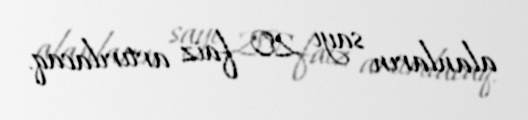
alanların sayı 20 faiz artırılacaq.